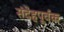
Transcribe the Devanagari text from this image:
संदेहपूर्वक